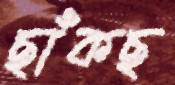
ছাঁকছ